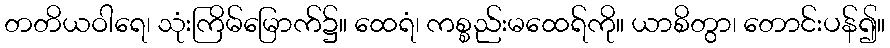
တတိယဝါရေ၊ သုံးကြိမ်မြောက်၌။ ထေရံ၊ ကစ္စည်းမထေရ်ကို။ ယာစိတွာ၊ တောင်းပန်၍။